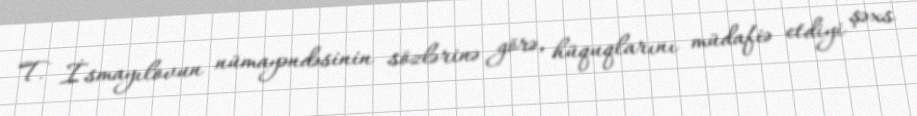
T. İsmayılovun nümayəndəsinin sözlərinə görə, hüquqlarını müdafiə etdiyi şəxs